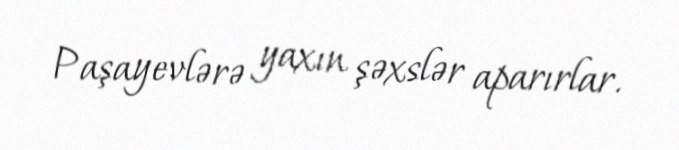
Paşayevlərə yaxın şəxslər aparırlar.